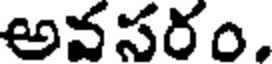
అవసరం.